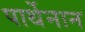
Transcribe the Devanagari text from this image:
पार्थेनान